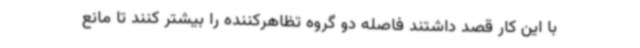
با این کار قصد داشتند فاصله دو گروه تظاهرکننده را بیشتر کنند تا مانع